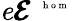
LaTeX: \mathit{e}\pmb{{\cal E}}^{\mathrm{~\tiny~{~h~o~m~}~}}